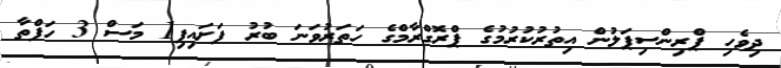
ދިވެހި ޕްރިންސިޕަލުން އިތުރުކުރުމުގެ ޕްރޮގްރާމްގެ ހަތަރުވަނަ ބުރު ފަށައިފި1 މަސް 3 ހަފްތާ